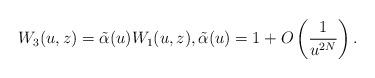
LaTeX: \begin{gather*} W_3(u,z)=\tilde\alpha(u) W_1(u,z), \tilde\alpha(u)=1+O\left(\frac1{u^{2N}}\right).\end{gather*}